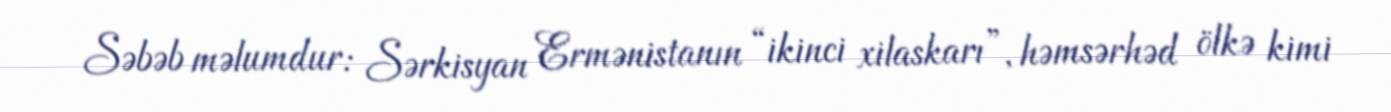
Səbəb məlumdur: Sərkisyan Ermənistanın “ikinci xilaskarı”, həmsərhəd ölkə kimi